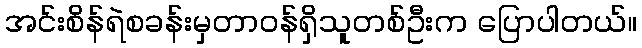
အင်းစိန်ရဲစခန်းမှတာဝန်ရှိသူတစ်ဦးက ပြောပါတယ်။